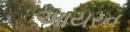
આયરન